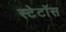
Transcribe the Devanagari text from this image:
स्टेटॉस